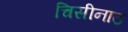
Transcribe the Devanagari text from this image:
चिसीनाउ